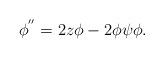
LaTeX: \begin{align*} \phi^{''} =2 z \phi -2 \phi \psi \phi. \end{align*}